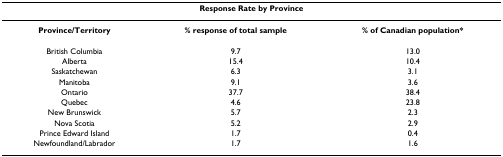
<table><thead><tr><td colspan="3"><b>Response Rate by Province</b></td></tr></thead><tbody><tr><td><b>Province/Territory</b></td><td><b>% response of total sample</b></td><td><b>% of Canadian population*</b></td></tr><tr><td>British Columbia</td><td>9.7</td><td>13.0</td></tr><tr><td>Alberta</td><td>15.4</td><td>10.4</td></tr><tr><td>Saskatchewan</td><td>6.3</td><td>3.1</td></tr><tr><td>Manitoba</td><td>9.1</td><td>3.6</td></tr><tr><td>Ontario</td><td>37.7</td><td>38.4</td></tr><tr><td>Quebec</td><td>4.6</td><td>23.8</td></tr><tr><td>New Brunswick</td><td>5.7</td><td>2.3</td></tr><tr><td>Nova Scotia</td><td>5.2</td><td>2.9</td></tr><tr><td>Prince Edward Island</td><td>1.7</td><td>0.4</td></tr><tr><td>Newfoundland/Labrador</td><td>1.7</td><td>1.6</td></tr></tbody></table>